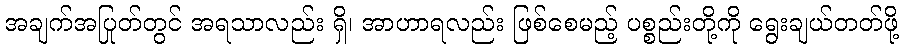
အချက်အပြုတ်တွင် အရသာလည်း ရှိ၊ အာဟာရလည်း ဖြစ်စေမည့် ပစ္စည်းတို့ကို ရွေးချယ်တတ်ဖို့